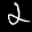
Label: 2